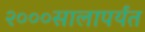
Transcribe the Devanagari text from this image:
२०००सालापर्यंत